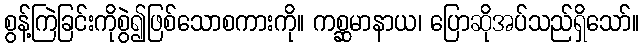
စွန့်ကြဲခြင်းကိုစွဲ၍ဖြစ်သောစကားကို။ ကစ္ဆမာနာယ၊ ပြောဆိုအပ်သည်ရှိသော်။